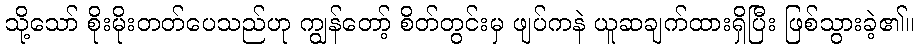
သို့သော် စိုးမိုးတတ်ပေသည်ဟု ကျွန်တော့် စိတ်တွင်းမှ ဖျပ်ကနဲ ယူဆချက်ထားရှိပြီး ဖြစ်သွားခဲ့၏။